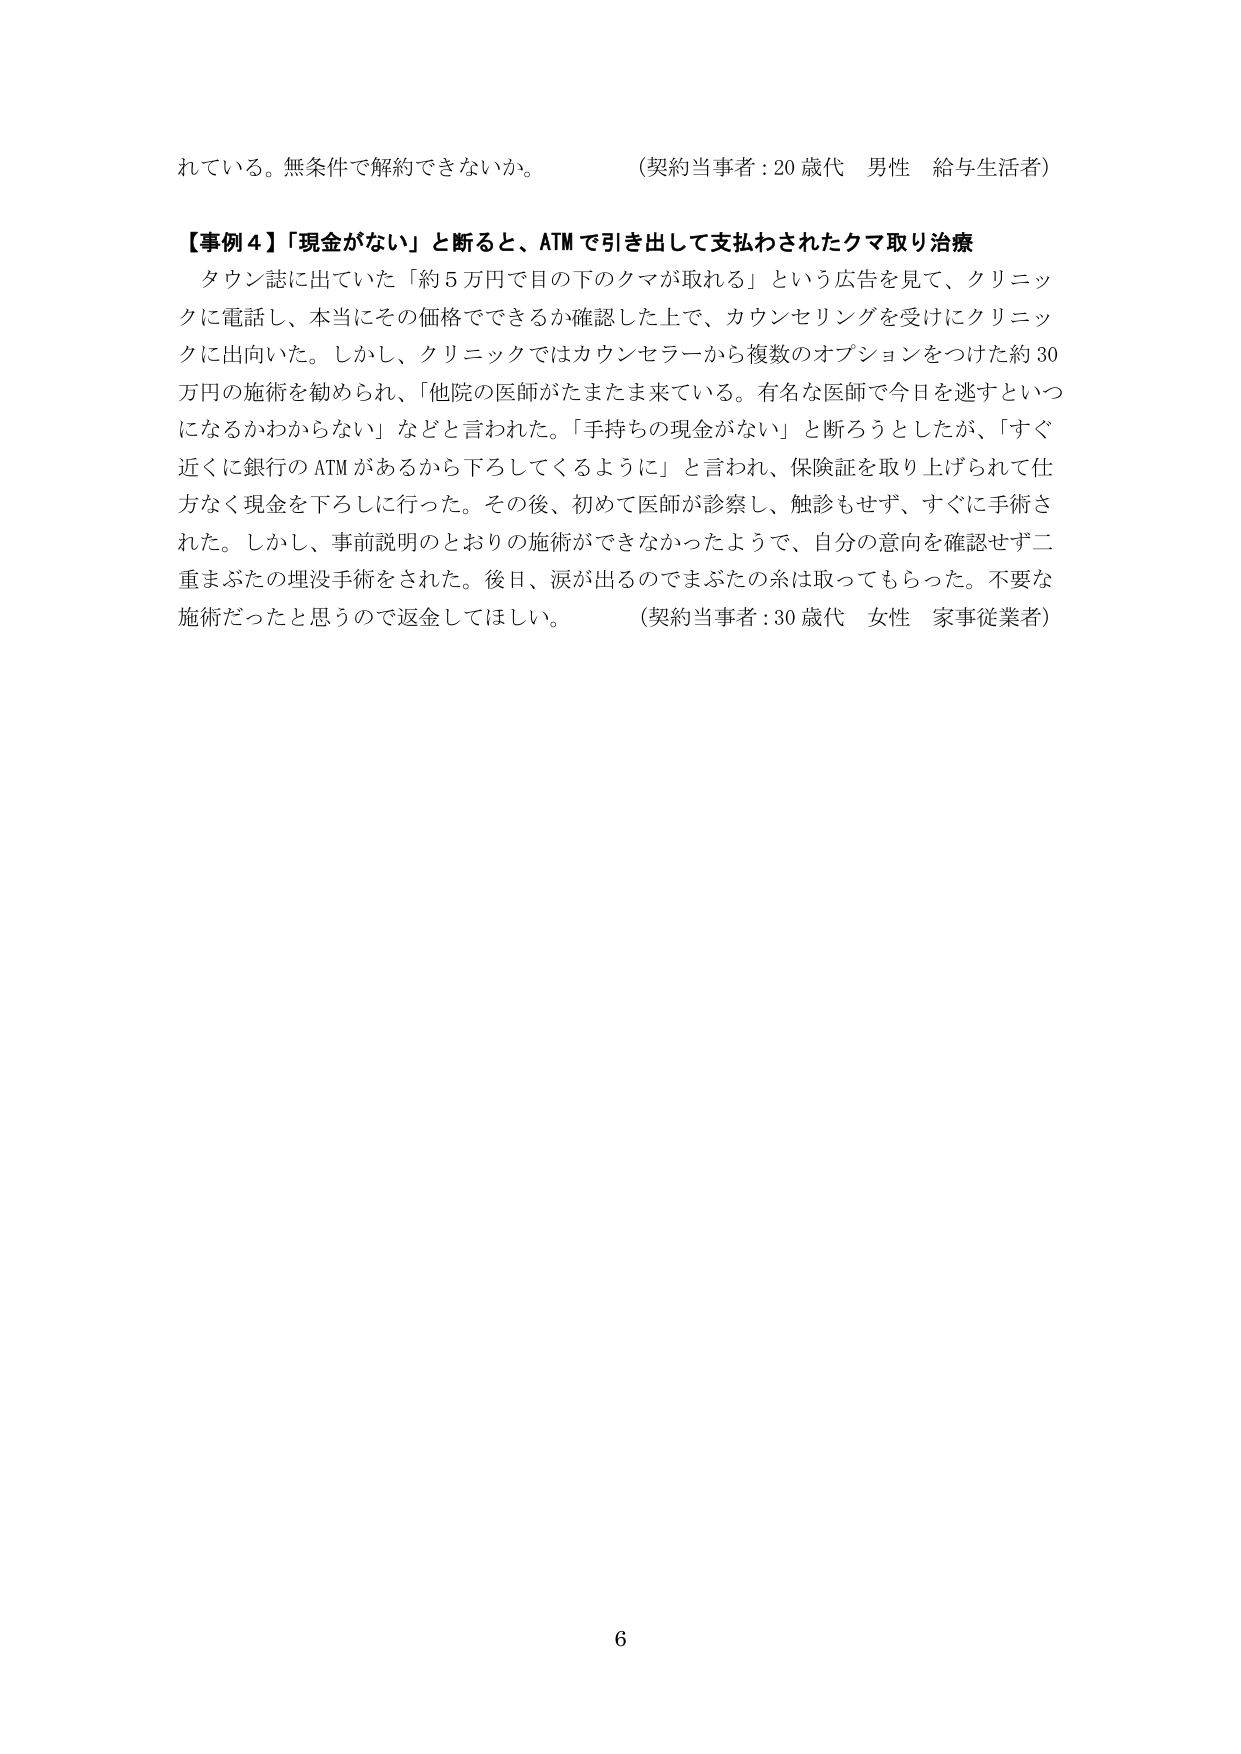
れている。無条件で解約できないか。　（契約当事者：20歳代　男性　給与生活者）

【事例4】「現金がない」と断ると、ATMで引き出して支払わされたクマ取り治療

タウン誌に出ていた「約5万円で目の下のクマが取れる」という広告を見て、クリニックに電話し、本当にその価格でできるか確認した上で、カウンセリングを受けにクリニックに出向いた。しかし、クリニックではカウンセラーから複数のオプションをつけた約30万円の施術を勧められ、「他院の医師がたまたま来ている。有名な医師で今日を逃すといつになるかわからない」などと言われた。「手持ちの現金がない」と断ろうとしたが、「すぐ近くに銀行のATMがあるから下ろしてくるように」と言われ、保険証を取り上げられて仕方なく現金を下ろしに行った。その後、初めて医師が診察し、触診もせず、すぐに手術された。しかし、事前説明のとおりの施術ができなかったようで、自分の意向を確認せず二重まぶたの埋没手術がされた。後日、涙が出るのでまぶたの糸は取ってもらった。不要な施術だったと思うので返金してほしい。　（契約当事者：30歳代　女性　家事従業者）

6